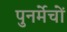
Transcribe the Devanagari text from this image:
पुनर्मेचों